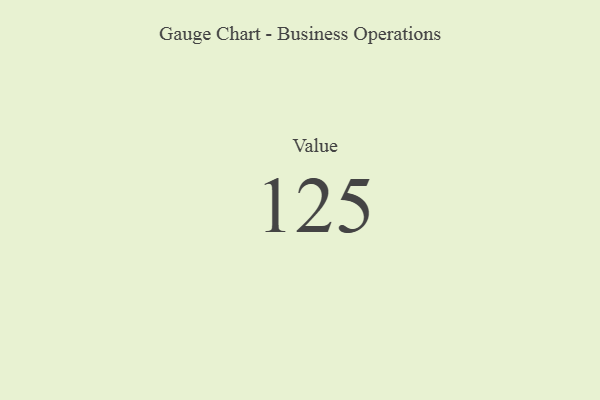
{"axis": {"x": "Metric", "y": "Value"}, "legend": [""], "data": [{"x": "Value", "y": 125, "type": ""}]}